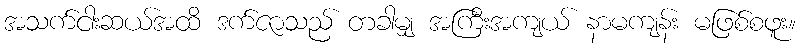
အသက်ငါးဆယ်အထိ ဒက်ဇာသည် တခါမျှ အကြီးအကျယ် နာမကျန်း မဖြစ်စဖူး။